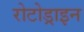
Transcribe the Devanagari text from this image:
रोटोड्राइन